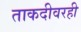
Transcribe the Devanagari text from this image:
ताकदीवरही